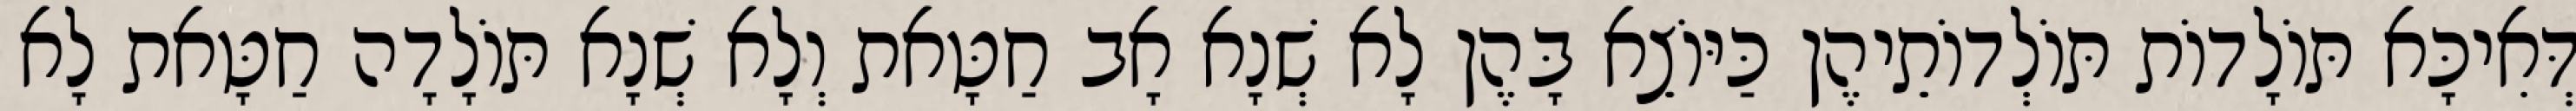
דְּאִיכָּא תּוֹלָדוֹת תּוֹלְדוֹתֵיהֶן כַּיּוֹצֵא בָּהֶן לָא שְׁנָא אָב חַטָּאת וְלָא שְׁנָא תּוֹלָדָה חַטָּאת לָא